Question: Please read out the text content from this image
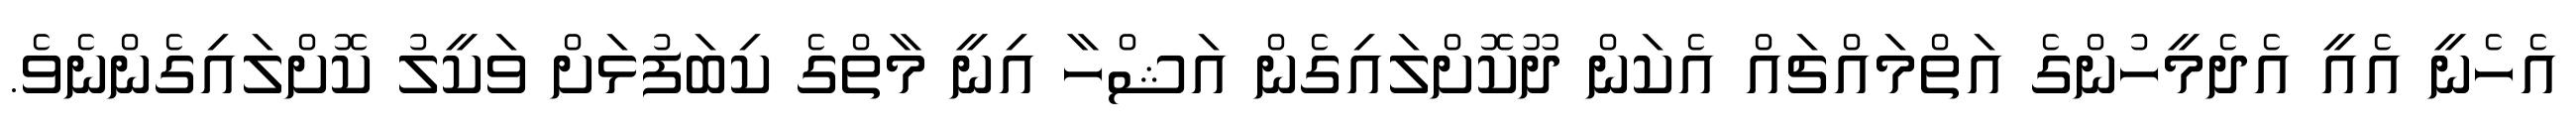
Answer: އެހެނީ އެއީ އެދެމީހުންގެ އަތްމައްޗައް އެކަން ދޫކޮށްލައިގެން އަޝްހާ އިނީ މާތްގެ ކިބަފުޅަށް ވަކީލު ކޮށްލައިގެންނެވެ.